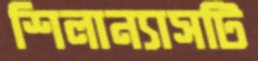
শিলান্যাসটি